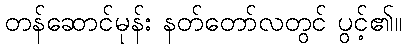
တန်ဆောင်မုန်း နတ်တော်လတွင် ပွင့်၏။